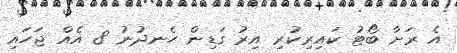
އެ ރަށާ ބޯޓު ކައިރިކުރި އިރު ގަޑިން ހެނދުނު 8 އެއް ޖަހައި